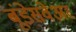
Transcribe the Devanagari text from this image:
बूंडेसवेअर